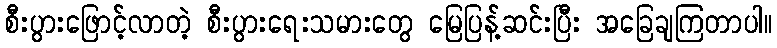
စီးပွားဖြောင့်လာတဲ့ စီးပွားရေးသမားတွေ မြေပြန့်ဆင်းပြီး အခြေချကြတာပါ။